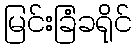
မြင်းခြံခရိုင်